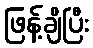
ဖြန့်ချိပြီး